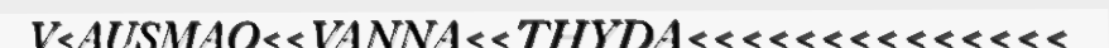
V<AUSMAO<<VANNA<<THYDA<<<<<<<<<<<<<<